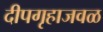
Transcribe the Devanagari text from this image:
दीपगृहाजवळ